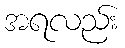
အရလည်း